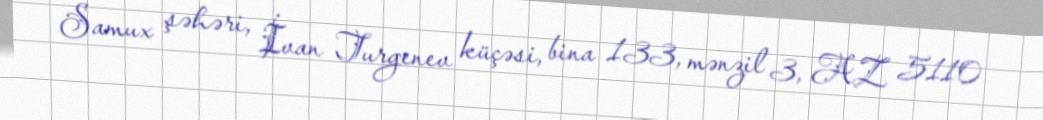
Samux şəhəri, İvan Turgenev küçəsi, bina 133, mənzil 3, AZ 5110